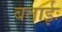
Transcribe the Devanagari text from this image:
बताईः